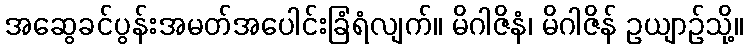
အဆွေခင်ပွန်းအမတ်အပေါင်းခြံရံလျက်။ မိဂါဇိနံ၊ မိဂါဇိန် ဥယျာဉ်သို့။